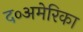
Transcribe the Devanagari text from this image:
द०अमेरिका